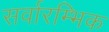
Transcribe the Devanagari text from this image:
सर्वारम्भिक